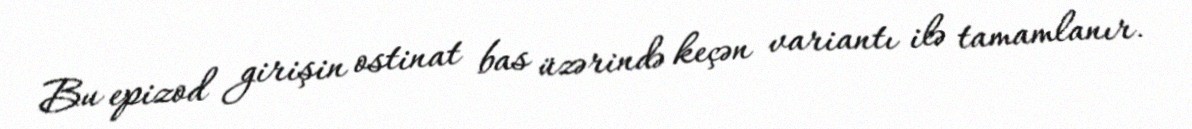
Bu epizod girişin ostinat bas üzərində keçən variantı ilə tamamlanır.